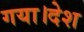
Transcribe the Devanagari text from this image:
गया।देश